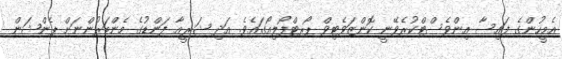
އެމީހުންގެ ފައިސާ އިންވެސްޓްކުރެވޭނީ ކޮންޒަވެޓިވް ޕޯރޓްފޯލިއޯގައެވެ. އަދި ޝަރީއާ ފަންޑުގެ މެންބަރުންނަށް ޕެންޝަން